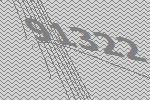
91322